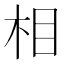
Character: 相